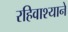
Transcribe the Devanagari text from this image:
रहिवाश्याने